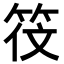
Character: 𬔻